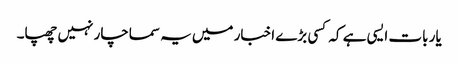
یار بات ایسی ہے کہ کسی بڑے اخبار میں یہ سماچار نہیں چھپا۔